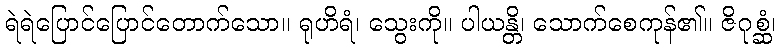
ရဲရဲပြောင်ပြောင်တောက်သော။ ရုဟိရံ၊ သွေးကို။ ပါယန္တိ၊ သောက်စေကုန်၏။ ဇိဂုစ္ဆံ၊